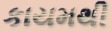
કાયમથી